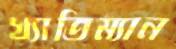
খ্যাতিম্যান